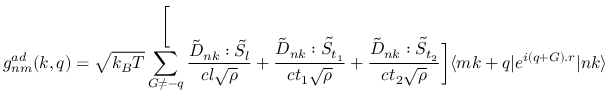
g _ { n m } ^ { a d } ( k , q ) = \sqrt { k _ { B } T } \sum _ { G \neq - q } ^ \bigg [ \frac { \tilde { D } _ { n k } : \tilde { S } _ { l } } { c l \sqrt { \rho } } + \frac { \tilde { D } _ { n k } : \tilde { S } _ { t _ { 1 } } } { c t _ { 1 } \sqrt { \rho } } + \frac { \tilde { D } _ { n k } : \tilde { S } _ { t _ { 2 } } } { c t _ { 2 } \sqrt { \rho } } \bigg ] \langle m k + q | e ^ { i ( q + G ) . r } | n k \rangle